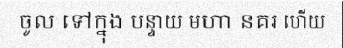
ចូល ទៅក្នុង បន្ទាយ មហា នគរ ហើយ